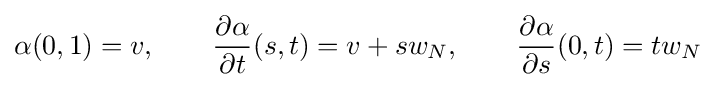
\alpha (0,1)=v,\qquad {\frac {\partial \alpha }{\partial t}}(s,t)=v+sw_{N},\qquad {\frac {\partial \alpha }{\partial s}}(0,t)=tw_{N}